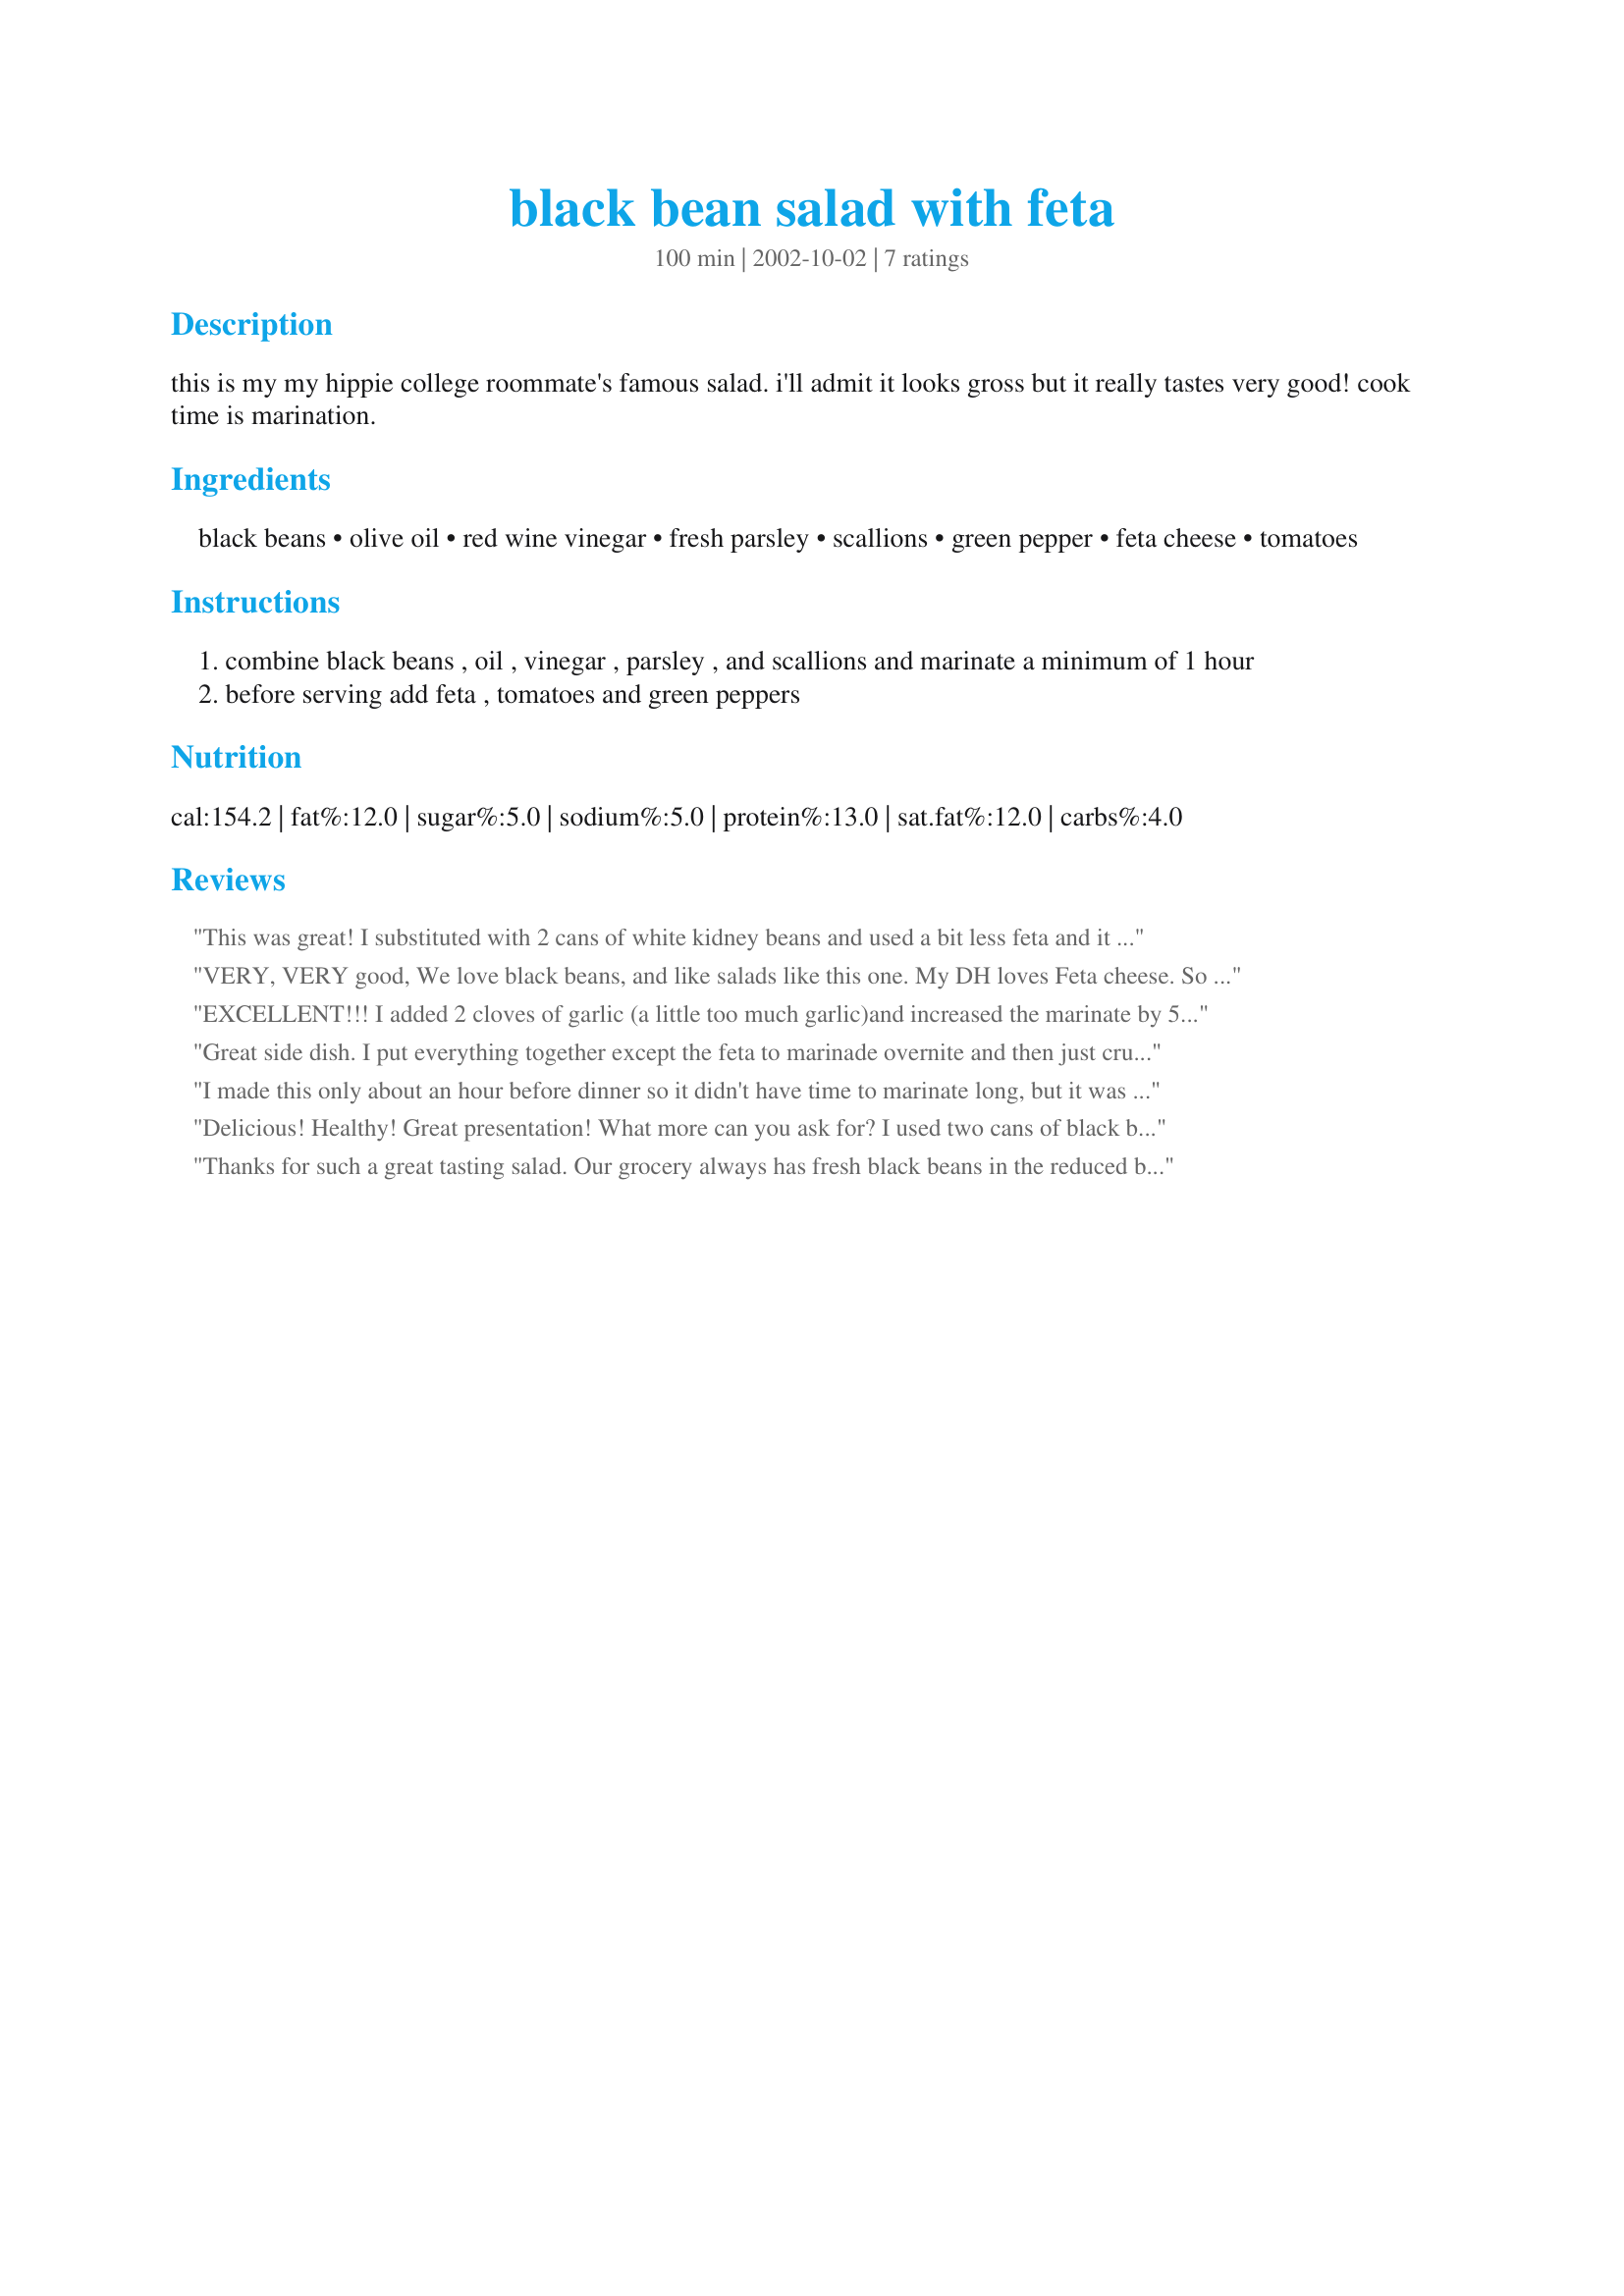
black bean salad with feta
Preparation time: 100 minutes

this is my my hippie college roommate's famous salad. i'll admit it looks gross but it really tastes very good! cook time is marination.

Ingredients:
black beans, olive oil, red wine vinegar, fresh parsley, scallions, green pepper, feta cheese, tomatoes

Steps:
combine black beans , oil , vinegar , parsley , and scallions and marinate a minimum of 1 hour
before serving add feta , tomatoes and green peppers

Reviews:
This was great! I substituted with 2 cans of white kidney beans and used a bit less feta and it turned out amazing, even better when it marinated for a few hours. DH really enjoyed this! We'll definitely be making this one again! Thank you for posting your recipe!
VERY, VERY good, We love black beans, and like salads like this one. My DH loves Feta cheese. So this salad really filled the bill. I let it marinate for 5 hours. Very good. Thanks for posting the recipe Stacy.
EXCELLENT!!! I added 2 cloves of garlic (a little too much garlic)and increased the marinate by 50%. I had a little left over after dinner (made it yesterday morning. I just ate it at lunch and it was incredible!! Thanks for the great recipe!!!
Great side dish. I put everything together except the feta to marinade overnite and then just crumbled the feta on top each serving.
I made this only about an hour before dinner so it didn't have time to marinate long, but it was still absolutely delicious. I substituted cilantro for parsley since that's what I had, and used canned tomatoes. Yum! We'll be making this salad again!
Delicious! Healthy! Great presentation! What more can you ask for? I used two cans of black beans and a yellow bell pepper in place of the green to add extra color. We served it in pita bread with the last of a garlic white bean spread I had to use up, and boy, was it yummy! We really enjoyed this one. This goes into the permanent file...thanks!
Thanks for such a great tasting salad. Our grocery always has fresh black beans in the reduced bin--this is a good recipe to take advantage of extremely cheap beans. Stacylu, how can you say this dish looks gross? I thought it looked beautiful and tasted wonderful! I'm not crazy about parsley, so added a little less. The feta is the perfect finishing touch. So much going for this salad--low carbs, high fiber to boot! Thanks for sharing.
